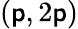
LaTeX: (\mathsf{p},2\mathsf{p})